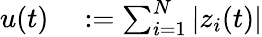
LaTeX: \begin{array}{rl}{u(t)}&{{}:=\sum_{i=1}^{N}|z_{i}(t)|}\end{array}